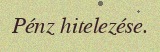
Pénz hitelezése.